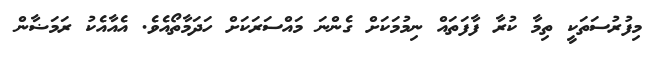
މިފުރުސަތަކީ ތިމާ ކުރާ ފާފަތައް ނިމުމަކަށް ގެންނަ މައްސަރަކަށް ހަދަމާތޯއެވެ. އެއާއެކު ރަމަޟާން